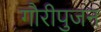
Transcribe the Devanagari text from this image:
गौरीपुजन